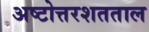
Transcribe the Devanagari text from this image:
अष्टोत्तरशतताल